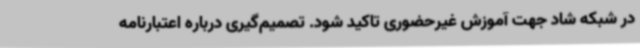
در شبکه شاد جهت آموزش غیرحضوری تاکید شود. تصمیم‌گیری درباره اعتبارنامه